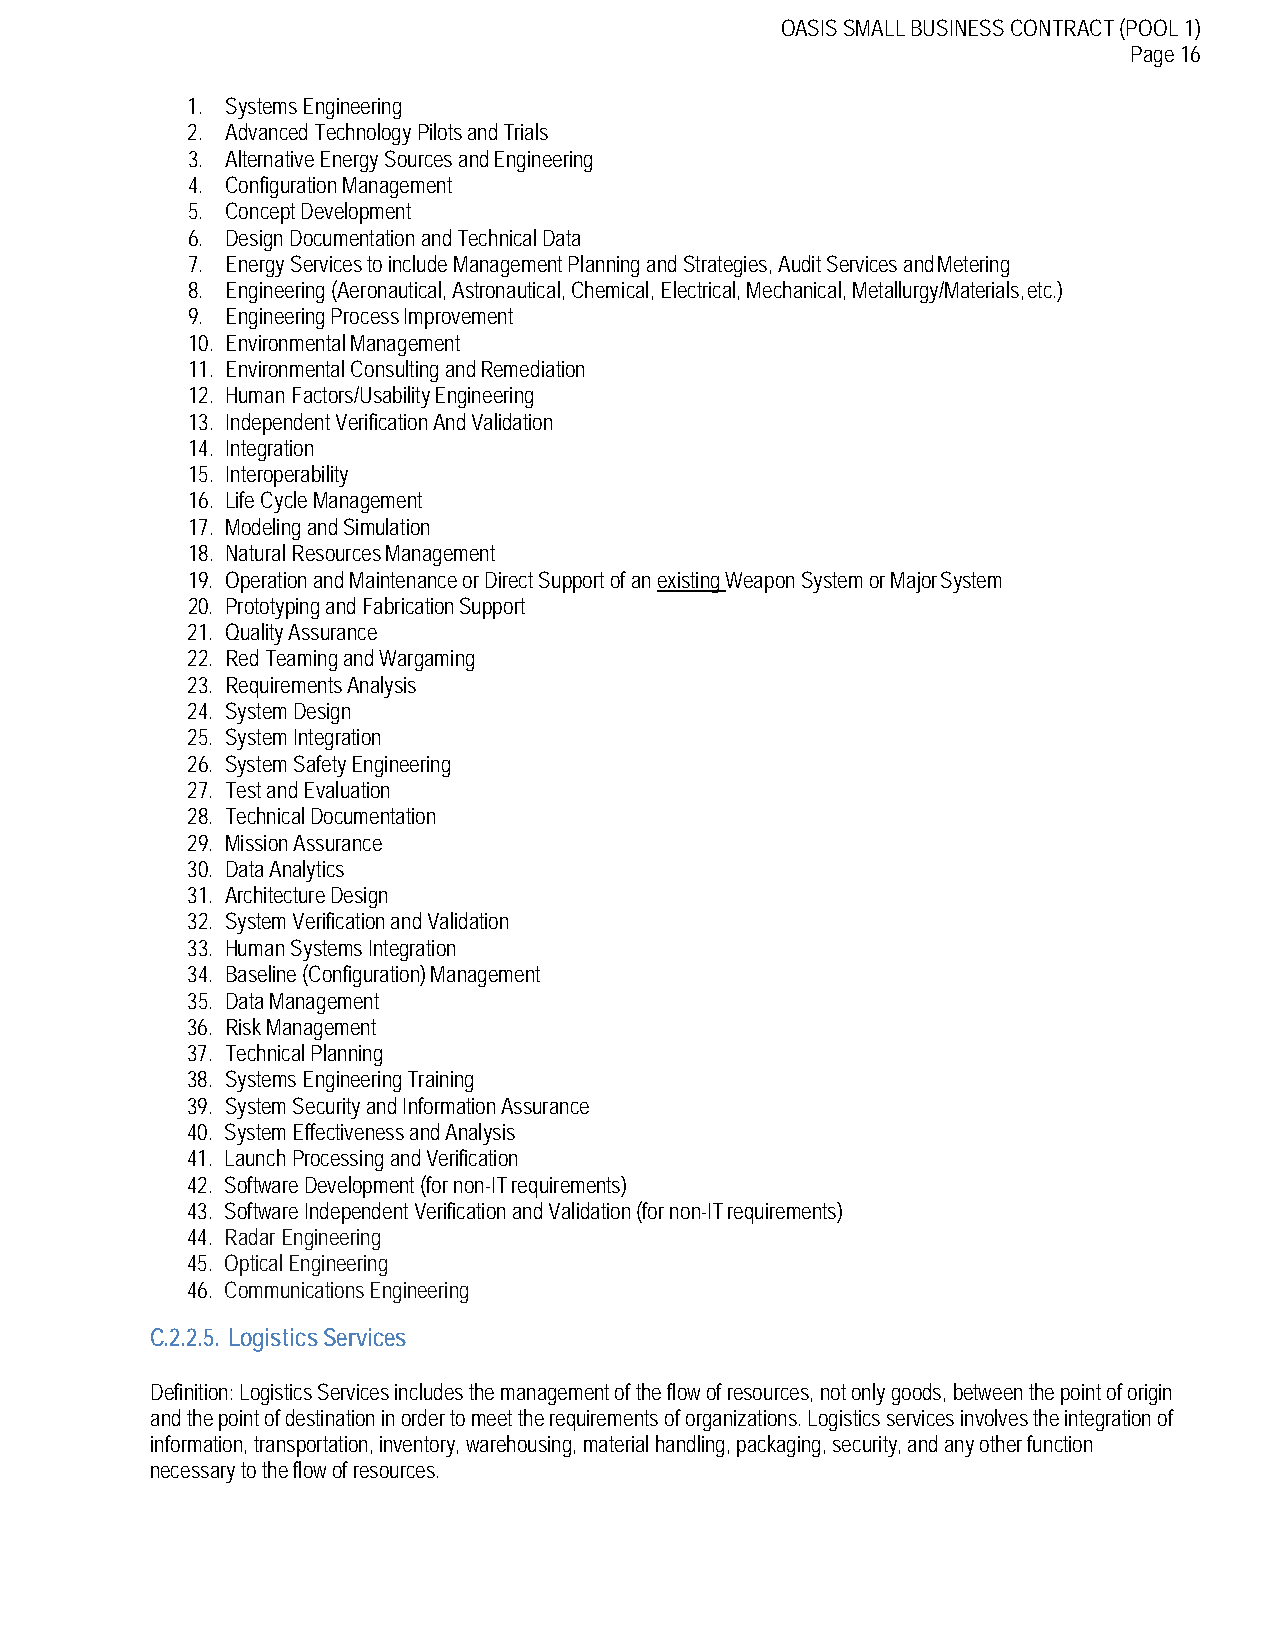
OASIS SMALL BUSINESS CONTRACT (POOL 1)
 Page 16
 1. Systems Engineering
 2. Advanced Technology Pilots and Trials
 3. Alternative Energy Sources and Engineering
 4. Configuration Management
 5. Concept Development
 6. Design Documentation and Technical Data
 7. Energy Services to include Management Planning and Strategies, Audit Services and Metering
 8. Engineering (Aeronautical, Astronautical, Chemical, Electrical, Mechanical, Metallurgy/Materials, etc.)
 9. Engineering Process Improvement
 10. Environmental Management
 11. Environmental Consulting and Remediation
 12. Human Factors/Usability Engineering
 13. Independent Verification And Validation
 14. Integration
 15. Interoperability
 16. Life Cycle Management
 17. Modeling and Simulation
 18. Natural Resources Management
 19. Operation and Maintenance or Direct Support of an existing Weapon System or Major System
 20. Prototyping and Fabrication Support
 21. Quality Assurance
 22. Red Teaming and Wargaming
 23. Requirements Analysis
 24. System Design
 25. System Integration
 26. System Safety Engineering
 27. Test and Evaluation
 28. Technical Documentation
 29. Mission Assurance
 30. Data Analytics
 31. Architecture Design
 32. System Verification and Validation
 33. Human Systems Integration
 34. Baseline (Configuration) Management
 35. Data Management
 36. Risk Management
 37. Technical Planning
 38. Systems Engineering Training
 39. System Security and Information Assurance
 40. System Effectiveness and Analysis
 41. Launch Processing and Verification
 42. Software Development (for non-IT requirements)
 43. Software Independent Verification and Validation (for non-IT requirements)
 44. Radar Engineering
 45. Optical Engineering
 46. Communications Engineering
 C.2.2.5. Logistics Services
 Definition: Logistics Services includes the management of the flow of resources, not only goods, between the point of origin
 and the point of destination in order to meet the requirements of organizations. Logistics services involves the integration of
 information, transportation, inventory, warehousing, material handling, packaging, security, and any other function
 necessary to the flow of resources.